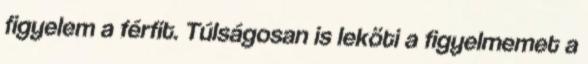
figyelem a férfit. Túlságosan is leköti a figyelmemet a